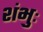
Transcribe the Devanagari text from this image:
शंभुः